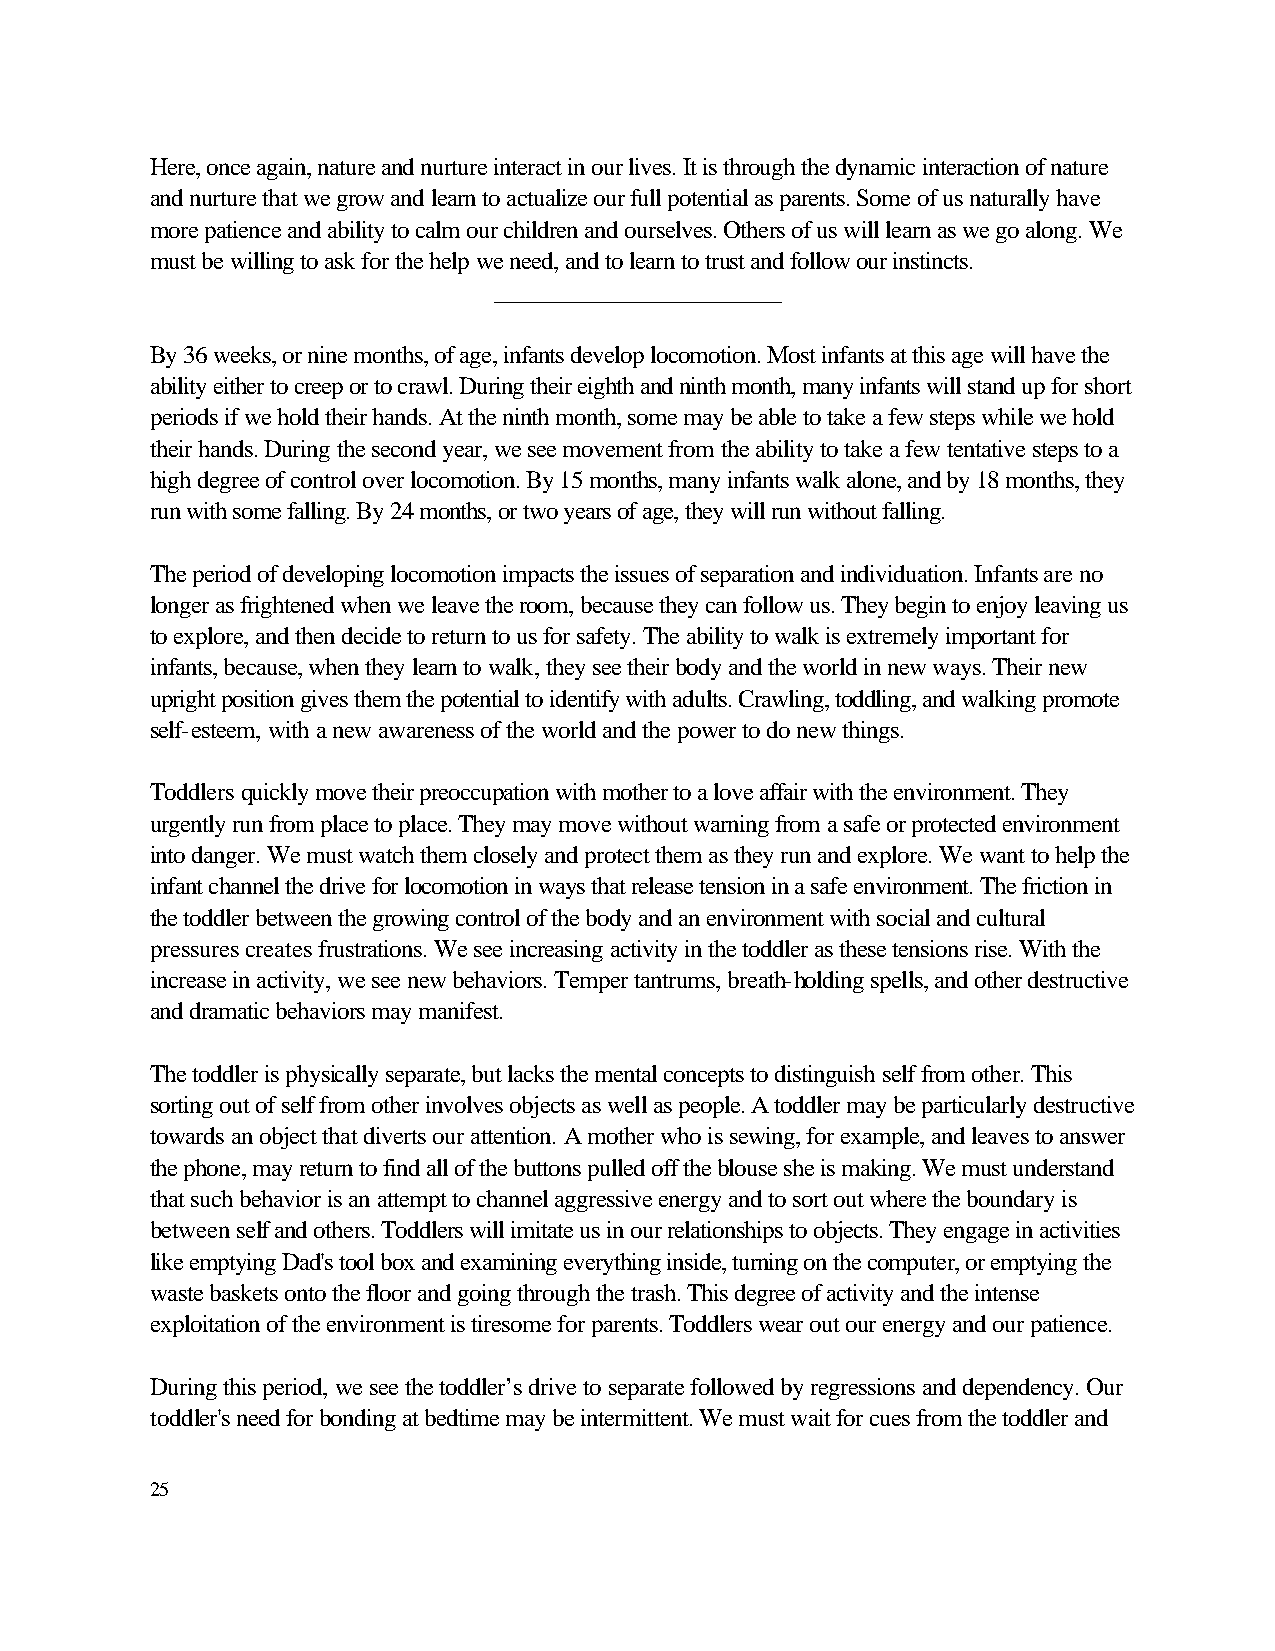
Here, once again, nature and nurture interact in our lives. It is through the dynamic interaction of nature
 and nurture that we grow and learn to actualize our full potential as parents. Some of us naturally have
 more patience and ability to calm our children and ourselves. Others of us will learn as we go along. We
 must be willing to ask for the help we need, and to learn to trust and follow our instincts.
 _______________________
 By 36 weeks, or nine months, of age, infants develop locomotion. Most infants at this age will have the
 ability either to creep or to crawl. During their eighth and ninth month, many infants will stand up for short
 periods if we hold their hands. At the ninth month, some may be able to take a few steps while we hold
 their hands. During the second year, we see movement from the ability to take a few tentative steps to a
 high degree of control over locomotion. By 15 months, many infants walk alone, and by 18 months, they
 run with some falling. By 24 months, or two years of age, they will run without falling.
 The period of developing locomotion impacts the issues of separation and individuation. Infants are no
 longer as frightened when we leave the room, because they can follow us. They begin to enjoy leaving us
 to explore, and then decide to return to us for safety. The ability to walk is extremely important for
 infants, because, when they learn to walk, they see their body and the world in new ways. Their new
 upright position gives them the potential to identify with adults. Crawling, toddling, and walking promote
 self-esteem, with a new awareness of the world and the power to do new things.
 Toddlers quickly move their preoccupation with mother to a love affair with the environment. They
 urgently run from place to place. They may move without warning from a safe or protected environment
 into danger. We must watch them closely and protect them as they run and explore. We want to help the
 infant channel the drive for locomotion in ways that release tension in a safe environment. The friction in
 the toddler between the growing control of the body and an environment with social and cultural
 pressures creates frustrations. We see increasing activity in the toddler as these tensions rise. With the
 increase in activity, we see new behaviors. Temper tantrums, breath-holding spells, and other destructive
 and dramatic behaviors may manifest.
 The toddler is physically separate, but lacks the mental concepts to distinguish self from other. This
 sorting out of self from other involves objects as well as people. A toddler may be particularly destructive
 towards an object that diverts our attention. A mother who is sewing, for example, and leaves to answer
 the phone, may return to find all of the buttons pulled off the blouse she is making. We must understand
 that such behavior is an attempt to channel aggressive energy and to sort out where the boundary is
 between self and others. Toddlers will imitate us in our relationships to objects. They engage in activities
 like emptying Dad's tool box and examining everything inside, turning on the computer, or emptying the
 waste baskets onto the floor and going through the trash. This degree of activity and the intense
 exploitation of the environment is tiresome for parents. Toddlers wear out our energy and our patience.
 During this period, we see the toddler’s drive to separate followed by regressions and dependency. Our
 toddler's need for bonding at bedtime may be intermittent. We must wait for cues from the toddler and
 25